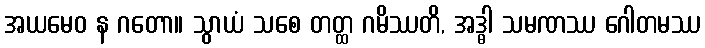
အယမေဝ န ဂတော။ သွာယံ သစေ တတ္ထ ဂမိဿတိ, အဒ္ဓါ သမဏဿ ဂေါတမဿ